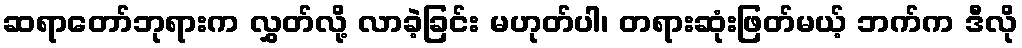
ဆရာတော်ဘုရားက လွှတ်လို့ လာခဲ့ခြင်း မဟုတ်ပါ၊ တရားဆုံးဖြတ်မယ့် ဘက်က ဒီလို